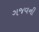
ગજવની